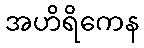
အဟိရိကေန